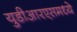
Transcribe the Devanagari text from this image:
युडीआरएसमध्ये